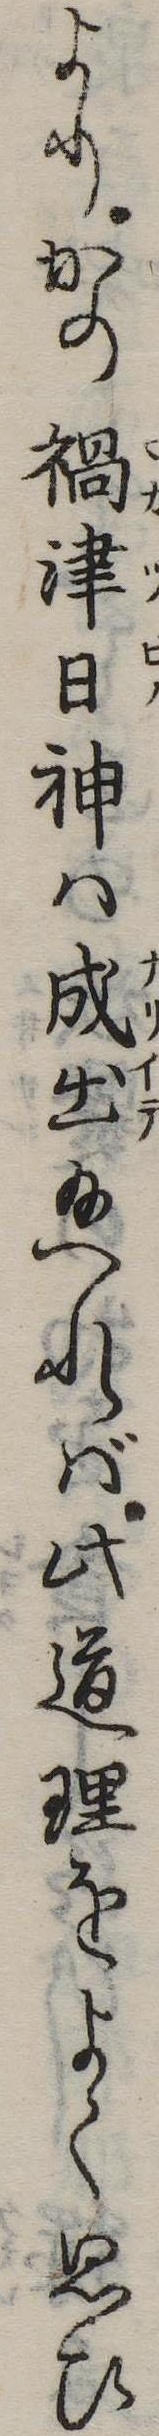
よりかの禍津日神は成出給へれば此道理をよく思ひ